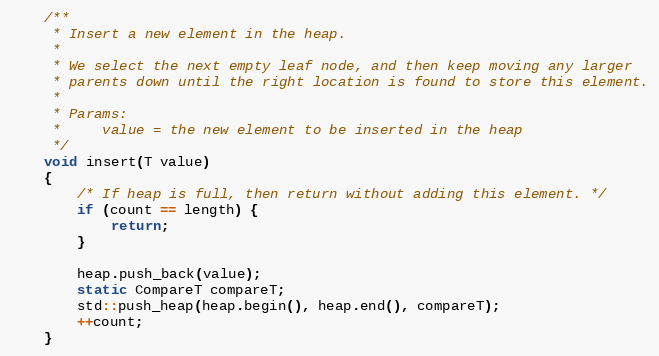
Language: C
    /**
     * Insert a new element in the heap.
     *
     * We select the next empty leaf node, and then keep moving any larger
     * parents down until the right location is found to store this element.
     *
     * Params:
     *     value = the new element to be inserted in the heap
     */
    void insert(T value)
    {
        /* If heap is full, then return without adding this element. */
        if (count == length) {
            return;
        }

        heap.push_back(value);
        static CompareT compareT;
        std::push_heap(heap.begin(), heap.end(), compareT);
        ++count;
    }